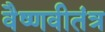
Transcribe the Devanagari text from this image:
वैष्णवीतंत्र